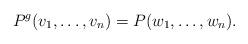
LaTeX: \begin{align*}P^g(v_1, \ldots, v_n)=P(w_1, \ldots, w_n).\end{align*}